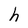
Character: h